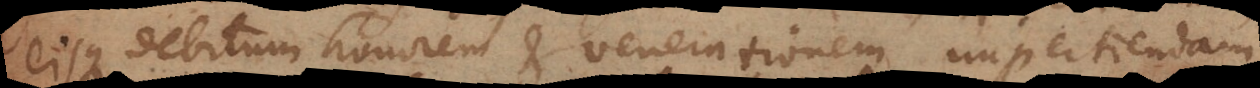
eisque debitum honorem et venerationem impertiendam